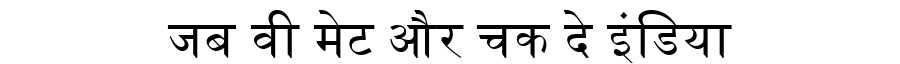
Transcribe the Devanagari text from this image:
जब वी मेट और चक दे इंडिया